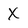
Character: X